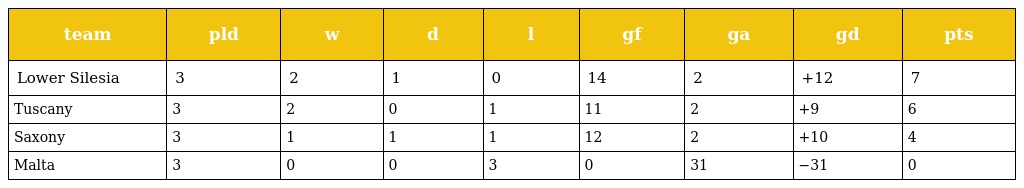
| team | pld | w | d | l | gf | ga | gd | pts |
 | --- | --- | --- | --- | --- | --- | --- | --- | --- |
 | Lower Silesia | 3 | 2 | 1 | 0 | 14 | 2 | +12 | 7 |
 | Tuscany | 3 | 2 | 0 | 1 | 11 | 2 | +9 | 6 |
 | Saxony | 3 | 1 | 1 | 1 | 12 | 2 | +10 | 4 |
 | Malta | 3 | 0 | 0 | 3 | 0 | 31 | −31 | 0 |